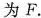
为F。